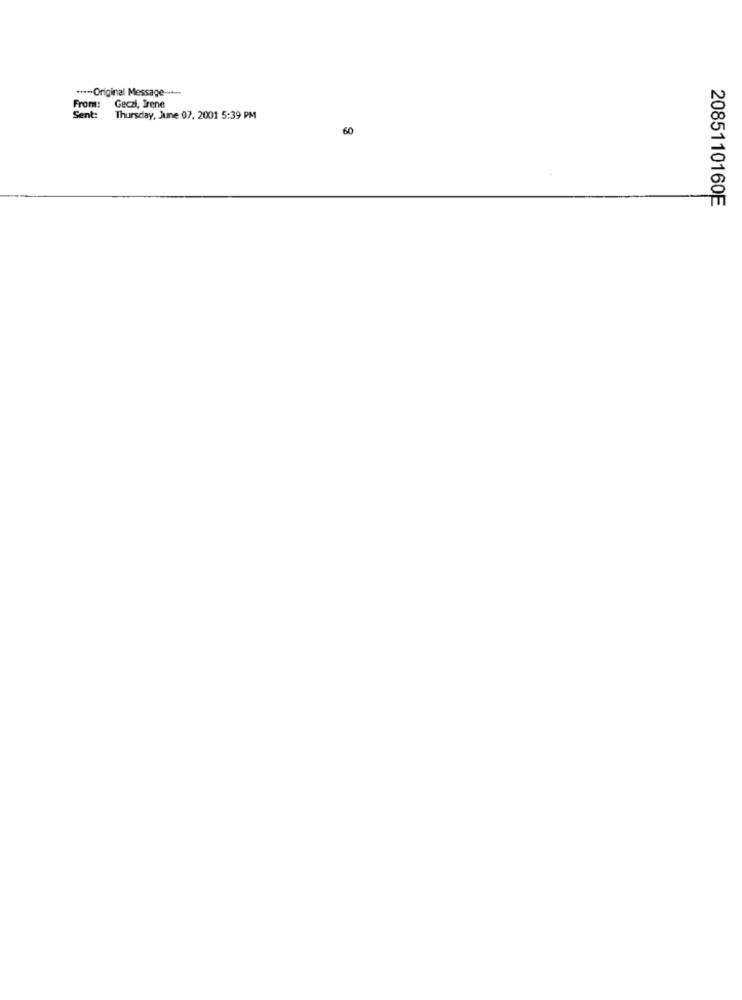
***- Original Message -----
From:
Geczi, Brene
Sent:
Thursday, June 07. 2001 5:39 PM
60
2085110160E